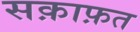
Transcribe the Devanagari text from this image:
सक़ाफ़त